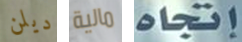
ديلن مالية إتجاه